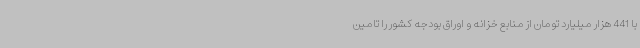
با 441 هزار میلیارد تومان از منابع خزانه و اوراق بودجه کشور را تامین